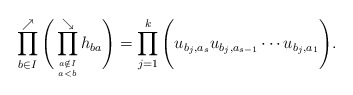
\begin{gather*}\prod_{b \in I}^{\nearrow}\Bigg(\prod_{a \notin I \atop a < b}^{\searrow} h_{ba} \Bigg)= \prod_{j=1}^{k} \Bigg( u_{b_{j},a_{s}} u_{b_{j},a_{s-1}} \cdots u_{b_{j},a_{1}} \Bigg). \end{gather*}